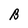
Character: B